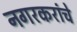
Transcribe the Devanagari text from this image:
नगरकरांचे